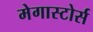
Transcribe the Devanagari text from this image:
मेगास्टोर्स